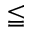
\leqq